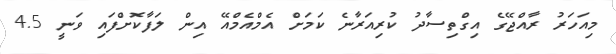
މިއަހަރު ރާއްޖޭގެ އިގްތިސާދު ކުރިއަރާނެ ކަމަށް އެމްއެމްއޭ އިން ލަފާކޮށްފައި ވަނީ 4.5